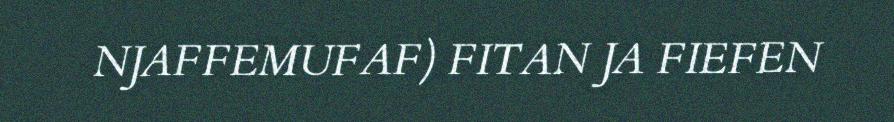
NJAFFEMUFAF) FITAN JA FIEFEN